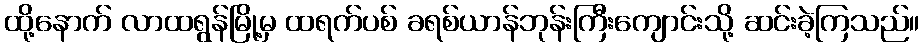
ထို့နောက် လာထရွန်မြို့မှ ထရက်ပစ် ခရစ်ယာန်ဘုန်းကြီးကျောင်းသို့ ဆင်းခဲ့ကြသည်။